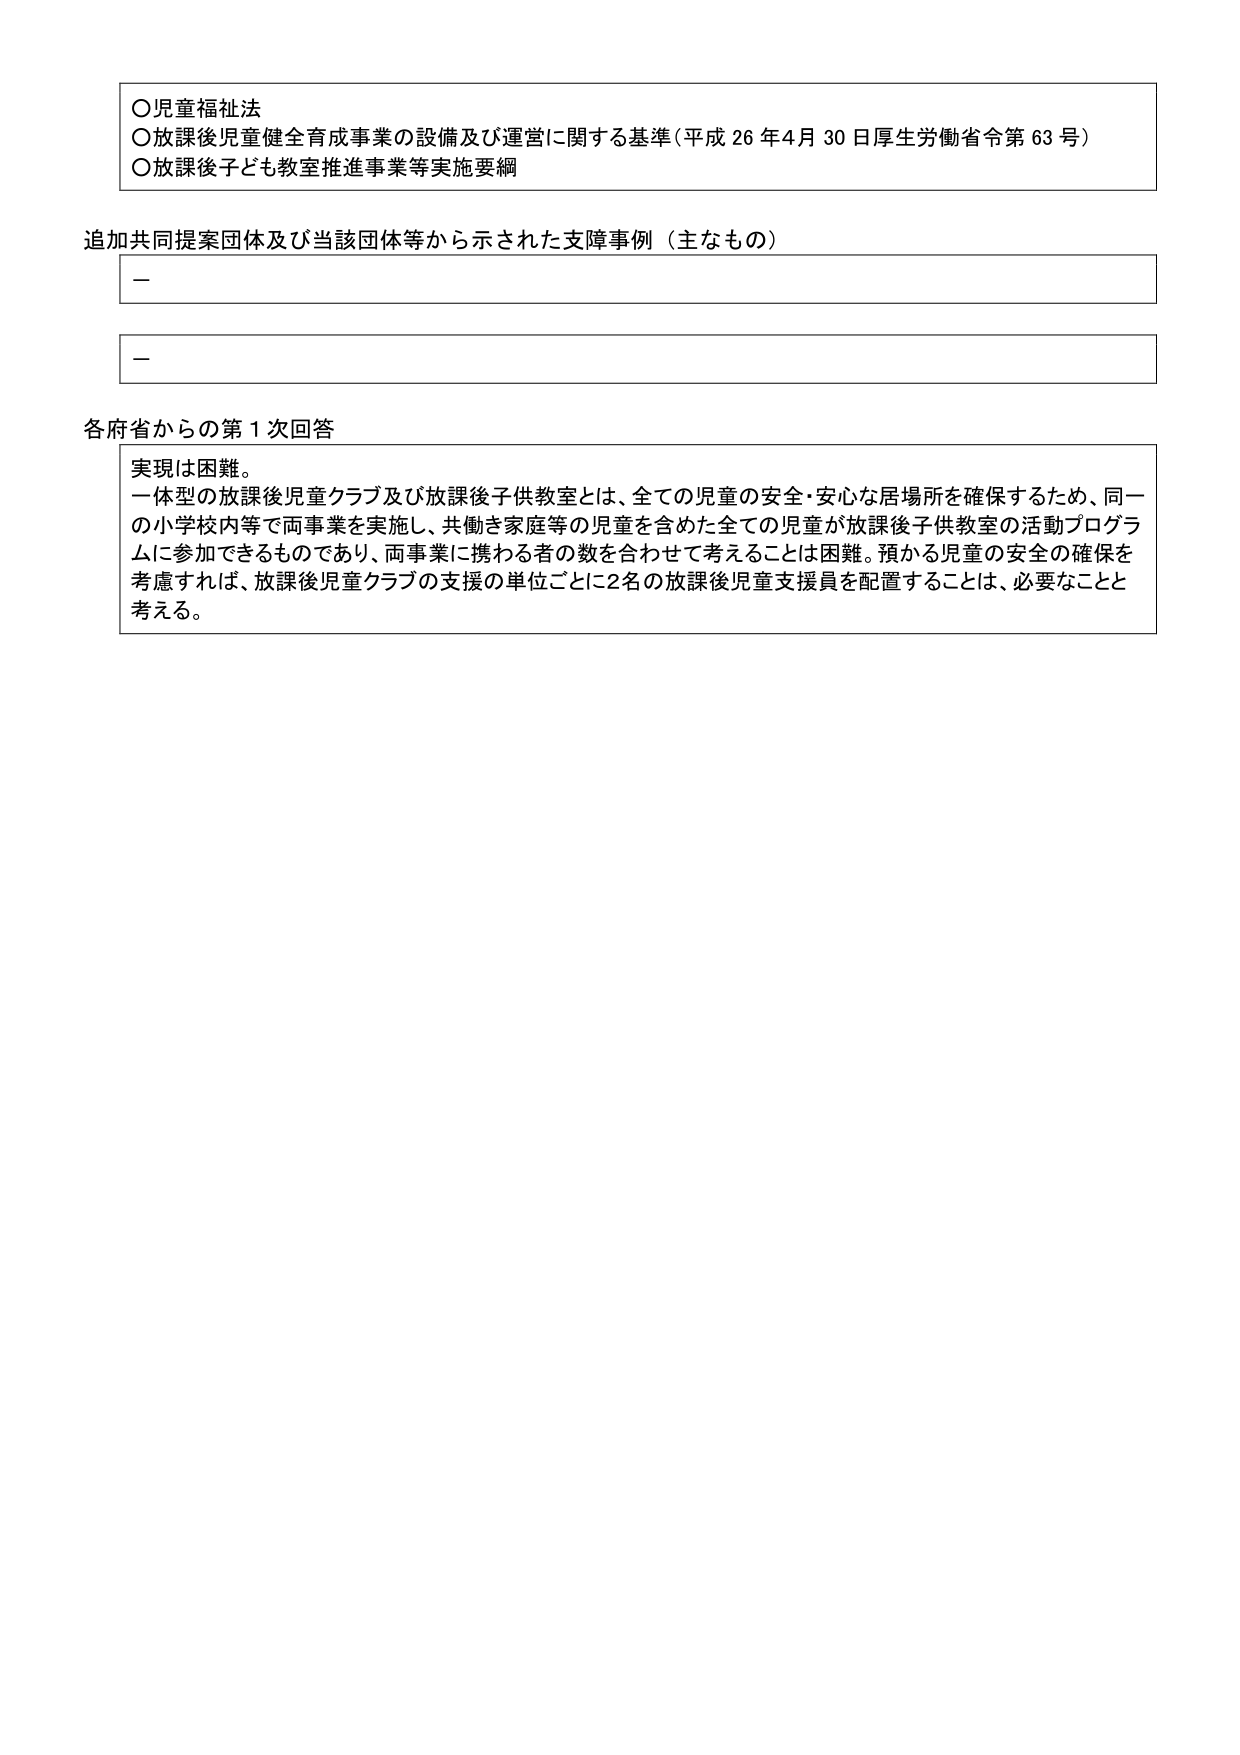
○児童福祉法
○放課後児童健全育成事業の設備及び運営に関する基準（平成26年4月30日厚生労働省令第63号）
○放課後子ども教室推進事業等実施要綱

追加共同提案団体及び当該団体等から示された支障事例（主なもの）
－
－

各府省からの第1次回答
実現は困難。
一体型の放課後児童クラブ及び放課後子供教室とは、全ての児童の安全・安心な居場所を確保するため、同一の小学校内等で両事業を実施し、共働き家庭等の児童を含めた全ての児童が放課後子供教室の活動プログラムに参加できるものであり、両事業に携わる者の数を合わせて考えることは困難。預かる児童の安全の確保を考慮すれば、放課後児童クラブの支援の単位ごとに2名の放課後児童支援員を配置することは、必要なことと考える。